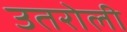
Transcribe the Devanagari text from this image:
उतरोली